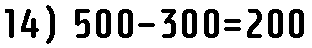
14) 500-300=200